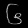
Digit: ၆